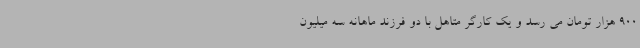
900 هزار تومان می رسد و یک کارگر متاهل با دو فرزند ماهانه سه میلیون